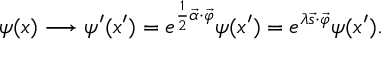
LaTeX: \psi ( x ) \longrightarrow \psi ^ { \prime } ( x ^ { \prime } ) = e ^ { \frac { 1 } { 2 } \vec { \alpha } \cdot \vec { \varphi } } \psi ( x ^ { \prime } ) = e ^ { \lambda \vec { s } \cdot \vec { \varphi } } \psi ( x ^ { \prime } ) .